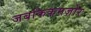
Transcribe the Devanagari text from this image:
जबकिकमज़ोर